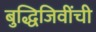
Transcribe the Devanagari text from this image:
बुद्धिजिवींची